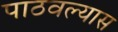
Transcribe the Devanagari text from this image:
पाठवल्‍यास